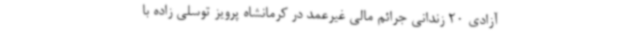
آزادی 20 زندانی جرائم مالی غیرعمد در کرمانشاه پرویز توسلی زاده با